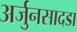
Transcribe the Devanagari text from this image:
अर्जुनसादडा